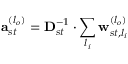
\mathbf { a } _ { s t } ^ { ( l _ { o } ) } = \mathbf { D } _ { s t } ^ { - 1 } \cdot \sum _ { l _ { i } } \mathbf { w } _ { s t , l _ { i } } ^ { ( l _ { o } ) }